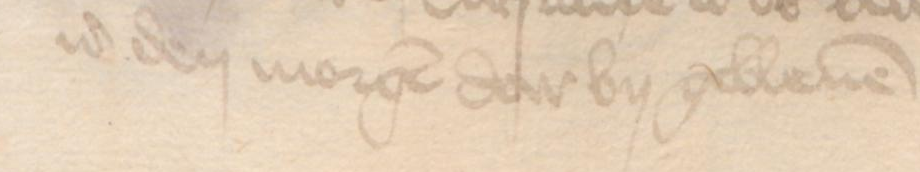
Transcription: id den morgen da by gebleuen